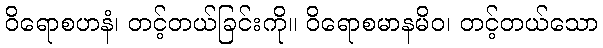
ဝိရောစဟနံ၊ တင့်တယ်ခြင်းကို။ ဝိရောစမာနမိဝ၊ တင့်တယ်သော